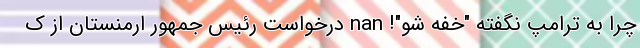
چرا به ترامپ نگفته "خفه شو"! nan درخواست رئیس جمهور ارمنستان از ک